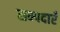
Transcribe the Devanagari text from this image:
सम्पदाएँ